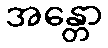
အန္တော